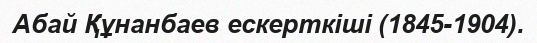
Абай Құнанбаев ескерткіші (1845-1904).